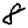
Digit: 8